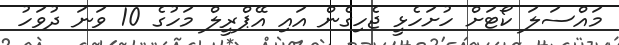
މައްސަލަ ކޯޓަށް ހުށަހެޅީ ޖެހިގެން އައި އޭޕްރީލް މަހުގެ 10 ވަނަ ދުވަހު